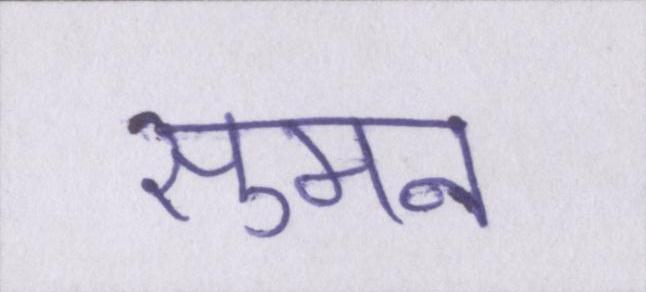
सुमन